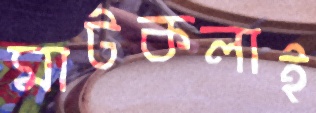
মাটকলাই